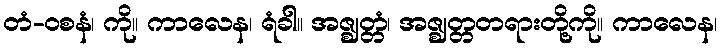
တံ-ဝစနံ၊ ကို။ ကာလေန၊ ရံခါ။ အဇ္ဈတ္တံ၊ အဇ္ဈတ္တတရားတို့ကို။ ကာလေန၊